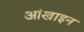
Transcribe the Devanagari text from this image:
आंखाइन